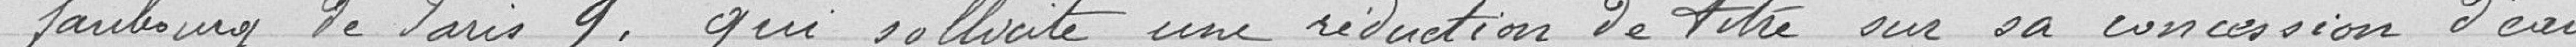
faubourg de Paris 9. qui sollicite une réduction de titre sur sa concession d'eau.